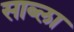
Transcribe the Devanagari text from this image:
साब्ला